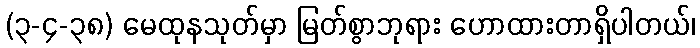
(၃-၄-၃၈) မေထုနသုတ်မှာ မြတ်စွာဘုရား ဟောထားတာရှိပါတယ်၊